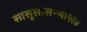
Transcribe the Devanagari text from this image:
सासूसासऱ्यांसह